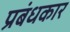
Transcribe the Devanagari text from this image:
प्रबंधकार